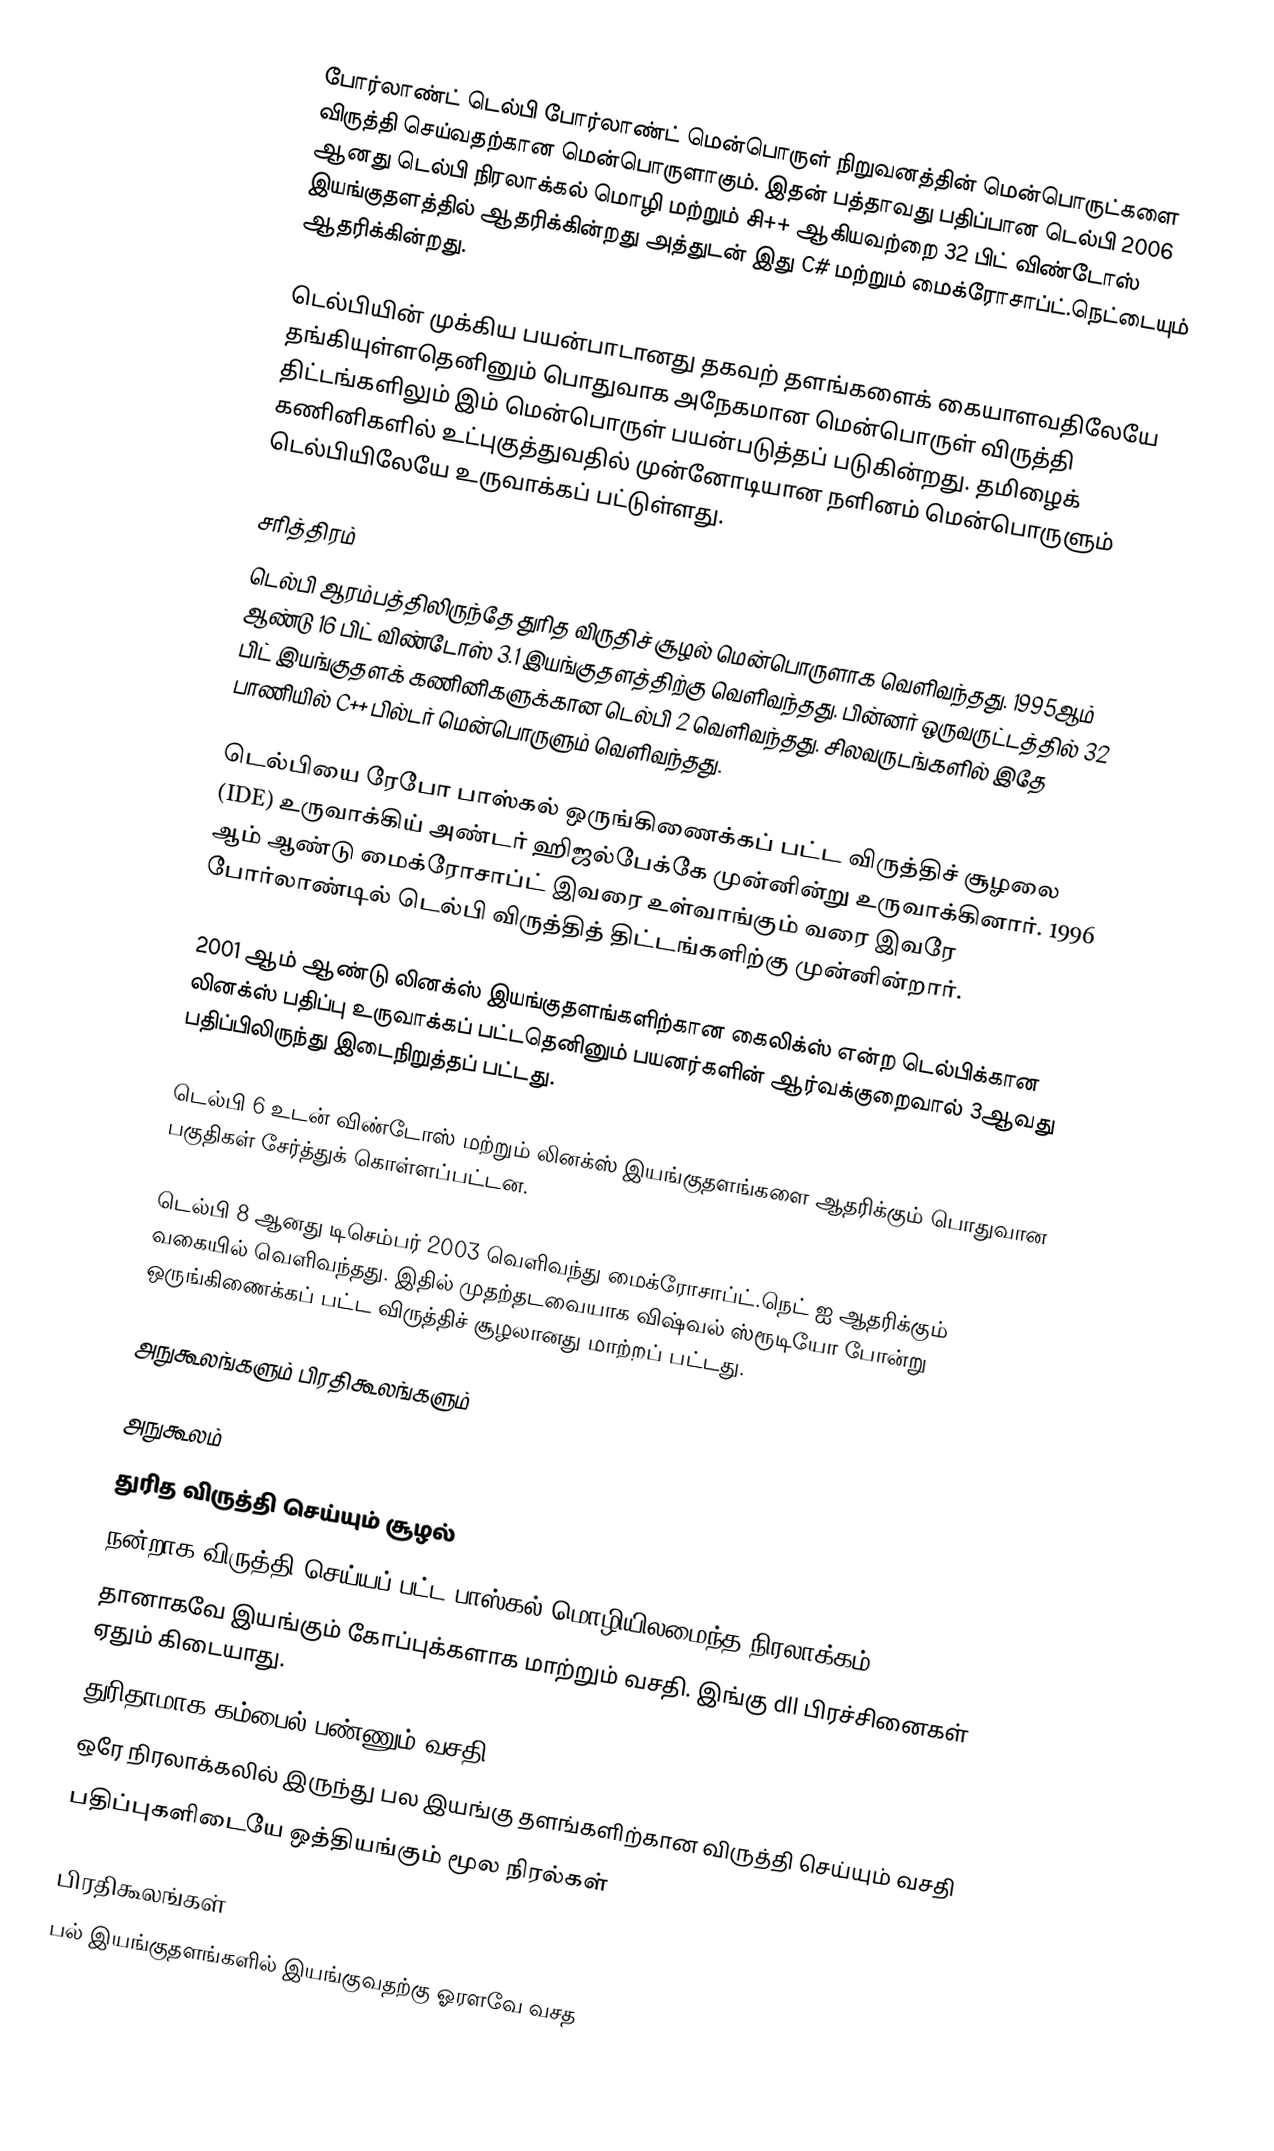
போர்லாண்ட் டெல்பி போர்லாண்ட் மென்பொருள் நிறுவனத்தின் மென்பொருட்களை விருத்தி செய்வதற்கான  மென்பொருளாகும். இதன் பத்தாவது பதிப்பான டெல்பி 2006 ஆனது டெல்பி நிரலாக்கல் மொழி மற்றும் சி++ ஆகியவற்றை 32 பிட் விண்டோஸ் இயங்குதளத்தில் ஆதரிக்கின்றது அத்துடன் இது C# மற்றும் மைக்ரோசாப்ட்.நெட்டையும் ஆதரிக்கின்றது.

டெல்பியின் முக்கிய பயன்பாடானது தகவற் தளங்களைக் கையாளவதிலேயே தங்கியுள்ளதெனினும் பொதுவாக  அநேகமான மென்பொருள் விருத்தி திட்டங்களிலும் இம் மென்பொருள் பயன்படுத்தப் படுகின்றது. தமிழைக் கணினிகளில் உட்புகுத்துவதில் முன்னோடியான நளினம் மென்பொருளும் டெல்பியிலேயே உருவாக்கப் பட்டுள்ளது.

சரித்திரம்
டெல்பி ஆரம்பத்திலிருந்தே துரித விருதிச் சூழல் மென்பொருளாக வெளிவந்தது. 1995ஆம் ஆண்டு 16 பிட் விண்டோஸ் 3.1 இயங்குதளத்திற்கு வெளிவந்தது. பின்னர் ஒருவருட்டத்தில் 32 பிட் இயங்குதளக் கணினிகளுக்கான டெல்பி 2 வெளிவந்தது. சிலவருடங்களில் இதே பாணியில் C++ பில்டர் மென்பொருளும் வெளிவந்தது.

டெல்பியை ரேபோ பாஸ்கல் ஒருங்கிணைக்கப் பட்ட விருத்திச் சூழலை (IDE) உருவாக்கிய் அண்டர் ஹிஜல்பேக்கே முன்னின்று உருவாக்கினார். 1996 ஆம் ஆண்டு மைக்ரோசாப்ட் இவரை உள்வாங்கும் வரை இவரே போர்லாண்டில் டெல்பி விருத்தித் திட்டங்களிற்கு முன்னின்றார்.

2001 ஆம் ஆண்டு லினக்ஸ் இயங்குதளங்களிற்கான கைலிக்ஸ் என்ற டெல்பிக்கான லினக்ஸ் பதிப்பு உருவாக்கப் பட்டதெனினும் பயனர்களின் ஆர்வக்குறைவால் 3ஆவது பதிப்பிலிருந்து இடைநிறுத்தப் பட்டது.

டெல்பி 6 உடன் விண்டோஸ் மற்றும் லினக்ஸ் இயங்குதளங்களை ஆதரிக்கும் பொதுவான பகுதிகள் சேர்த்துக் கொள்ளப்பட்டன.

டெல்பி 8 ஆனது டிசெம்பர் 2003 வெளிவந்து மைக்ரோசாப்ட்.நெட் ஐ ஆதரிக்கும் வகையில் வெளிவந்தது. இதில் முதற்தடவையாக விஷ்வல் ஸ்ரூடியோ போன்று ஒருங்கிணைக்கப் பட்ட விருத்திச் சூழலானது மாற்றப் பட்டது.

அநுகூலங்களும் பிரதிகூலங்களும்

அநுகூலம்
துரித விருத்தி செய்யும் சூழல்
நன்றாக விருத்தி செய்யப் பட்ட பாஸ்கல் மொழியிலமைந்த நிரலாக்கம்.
தானாகவே இயங்கும் கோப்புக்களாக மாற்றும் வசதி. இங்கு dll பிரச்சினைகள் ஏதும் கிடையாது.
துரிதாமாக கம்பைல் பண்ணும் வசதி
ஒரே நிரலாக்கலில் இருந்து பல இயங்கு தளங்களிற்கான விருத்தி செய்யும் வசதி
பதிப்புகளிடையே ஒத்தியங்கும் மூல நிரல்கள்

பிரதிகூலங்கள்
பல் இயங்குதளங்களில் இயங்குவதற்கு ஓரளவே வசத